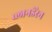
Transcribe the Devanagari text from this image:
व्लानडेरेन